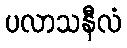
ပလာသနီလံ